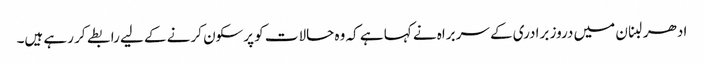
ادھر لبنان میں دروز برادری کے سربراہ نے کہا ہے کہ وہ حالات کو پرسکون کرنے کے لیے رابطے کر رہے ہیں۔